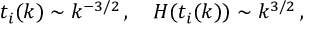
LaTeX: t _ { i } ( k ) \sim k ^ { - 3 / 2 } \, , ~ ~ ~ H ( t _ { i } ( k ) ) \sim k ^ { 3 / 2 } \, ,